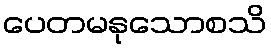
ပေတမနုသောစသိ